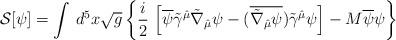
LaTeX: \begin{align*}{\cal S}[\psi]=\int\, d^{5}x\sqrt{g}\left\{\frac{i}{2}\,\left[\overline{\psi}\tilde\gamma^{\hat\mu}\tilde\nabla_{\hat\mu}\psi-(\overline{\tilde\nabla_{\hat\mu}\psi})\tilde\gamma^{\hat\mu}\psi\right] - M\overline{\psi}\psi\right\}\end{align*}